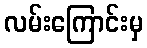
လမ်းကြောင်းမှ